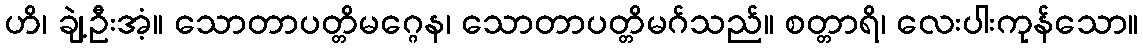
ဟိ၊ ချဲ့ဦးအံ့။ သောတာပတ္တိမဂ္ဂေန၊ သောတာပတ္တိမဂ်သည်။ စတ္တာရိ၊ လေးပါးကုန်သော။